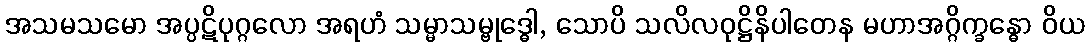
အသမသမော အပ္ပဋိပုဂ္ဂလော အရဟံ သမ္မာသမ္ဗုဒ္ဓေါ, သောပိ သလိလဝုဋ္ဌိနိပါတေန မဟာအဂ္ဂိက္ခန္ဓော ဝိယ